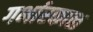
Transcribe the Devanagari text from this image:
गर्भारकाळ